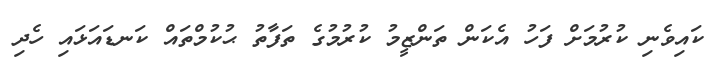
ކައިވެނި ކުރުމަށް ފަހު އެކަން ތަންޒީމު ކުރުމުގެ ތަފާތު ޙުކުމްތައް ކަނޑައަޅައި ހެދި